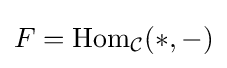
F=\mathrm {Hom} _{\mathcal {C}}(*,-)